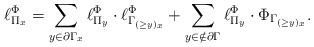
LaTeX: \begin{align*}\ell^\Phi_{\Pi_x} = \sum_{y\in \partial \Gamma_x} \ell^\Phi_{\Pi_y} \cdot \ell^\Phi_{\Gamma_{(\geq y)_x}}+ \sum_{y\in \notin \partial \Gamma} \ell^\Phi_{\Pi_y} \cdot \Phi_{\Gamma_{(\geq y)_x}}.\end{align*}